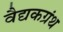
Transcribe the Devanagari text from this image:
वैद्यकग्रंथ